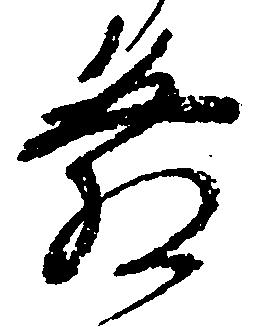
発